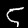
Label: 5